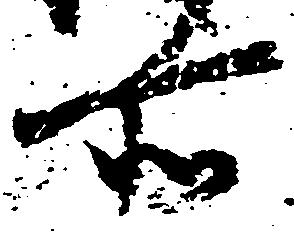
所